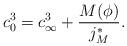
LaTeX: \begin{align*} c_0^3=c_\infty^3+\frac{M(\phi)}{j_M^*}. \end{align*}